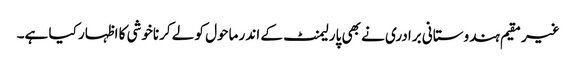
غیر مقیم ہندوستانی برادری نے بھی پارلیمنٹ کے اندر ماحول کو لے کرناخوشی کا اظہار کیا ہے۔